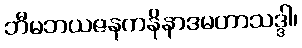
ဘီမဘယဇနကနိနာဒမဟာသဒ္ဒါ၊